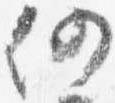
仍